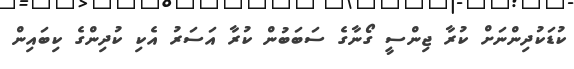
ކުޑަކުދިންނަށް ކުރާ ޖިންސީ ގޯނާގެ ސަބަބުން ކުރާ އަސަރު އެކި ކުދިންގެ ކިބައިން